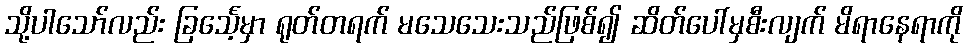
သို့ပါသော်လည်း ခြင်္သေ့မှာ ရုတ်တရက် မသေသေးသည်ဖြစ်၍ ဆိတ်ပေါ်မှစီးလျက် မိရာနေရာကို